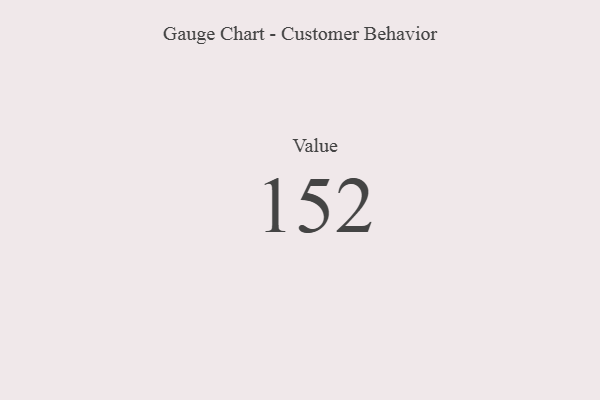
{"axis": {"x": "Metric", "y": "Value"}, "legend": [""], "data": [{"x": "Value", "y": 152, "type": ""}]}